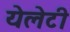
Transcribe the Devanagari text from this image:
येलेटी